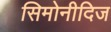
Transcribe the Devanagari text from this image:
सिमोनीदिज